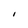
Character: I